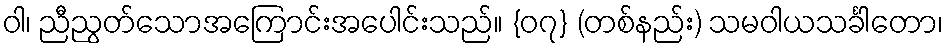
ဝါ၊ ညီညွတ်သောအကြောင်းအပေါင်းသည်။ {၀၇} (တစ်နည်း) သမဝါယသင်္ခါတော၊